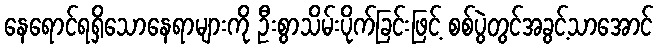
နေရောင်ရရှိသောနေရာများကို ဦးစွာသိမ်းပိုက်ခြင်းဖြင့် စစ်ပွဲတွင်အခွင့်သာအောင်